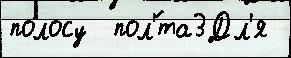
полосу  пол'́та3Дл'я